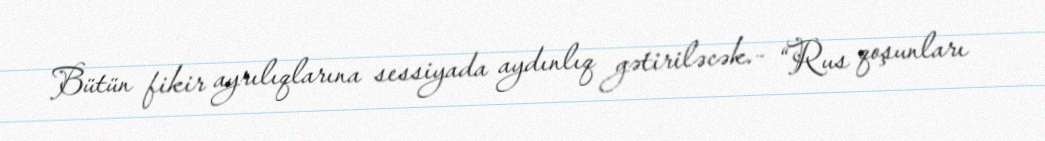
Bütün fikir ayrılıqlarına sessiyada aydınlıq gətiriləcək.- “Rus qoşunları